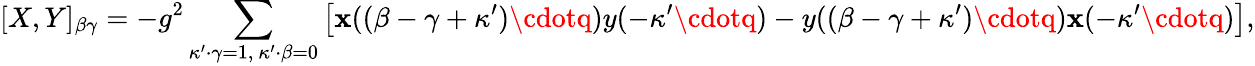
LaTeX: [X,Y]_{\beta\gamma}=-g^{2}\sum_{\kappa^{\prime}\cdot\gamma=1,\ \kappa^{\prime}\cdot\beta=0}\left[\mathbf{x}((\beta-\gamma+\kappa^{\prime})\cdotq)y(-\kappa^{\prime}\cdotq)-y((\beta-\gamma+\kappa^{\prime})\cdotq)\mathbf{x}(-\kappa^{\prime}\cdotq)\right],